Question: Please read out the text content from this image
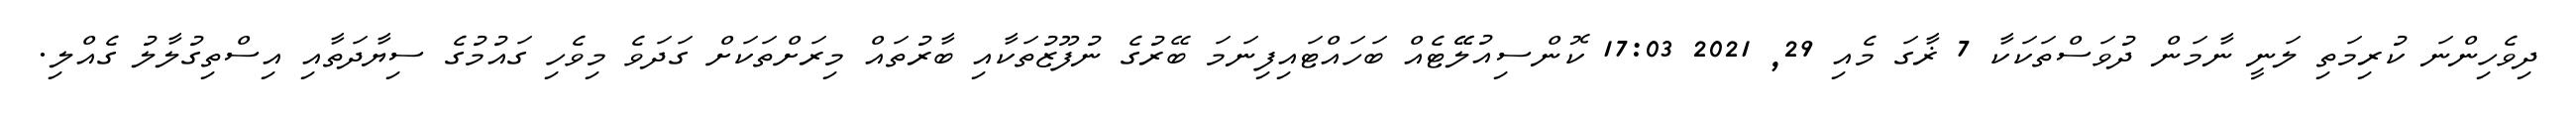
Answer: ދިވެހިންނަ ކުރިމަތި ލަނީ ނާމަން ދުވަސްތަކަކާ 7 ޜާގަ މެއި 29, 2021 17:03 ކޮންސިއުލޭޭޓެއް ބަހައްޓައިފިނަމަ ބޭރުގެ ނުފޫޒުތަކާއި ބާރުތައް މިރަށްތަކަށް ގަދަވެ މިވެހި ގައުމުގެ ސިޔާދަތާއި އިސްތިގުލާލު ގެއްލި.